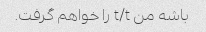
باشه من t/t را خواهم گرفت.